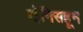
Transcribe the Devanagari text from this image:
व्हेनिसहून